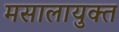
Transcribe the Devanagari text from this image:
मसालायुक्त